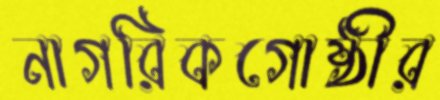
নাগরিকগোষ্ঠীর